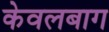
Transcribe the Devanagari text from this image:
केवलबाग